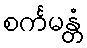
စင်္ကမန္တံ